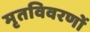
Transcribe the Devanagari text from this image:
मृतविवरणों